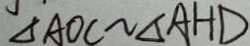
\Delta A O C \sim \Delta A H D